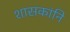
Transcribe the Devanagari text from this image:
शासकांनि